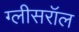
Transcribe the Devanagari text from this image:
ग्लीसरॉल